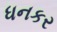
ધનકર